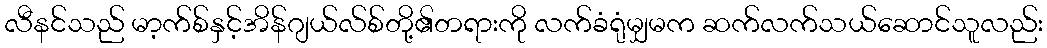
လီနင်သည် မာ့က်စ်နှင့်အိန်ဂျယ်လ်စ်တို့၏တရားကို လက်ခံရုံမျှမက ဆက်လက်သယ်ဆောင်သူလည်း